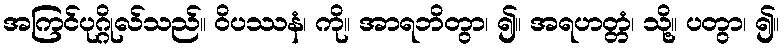
အကြင်ပုဂ္ဂိုလ်သည်။ ဝိပဿနံ၊ ကို။ အာရဘိတွာ၊ ၍။ အရဟတ္တံ၊ သို့။ ပတွာ၊ ၍။